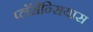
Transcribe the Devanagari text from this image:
प्लॅसेन्सियास